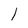
Character: 1